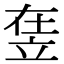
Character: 𥩴